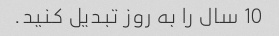
10 سال را به روز تبدیل کنید.